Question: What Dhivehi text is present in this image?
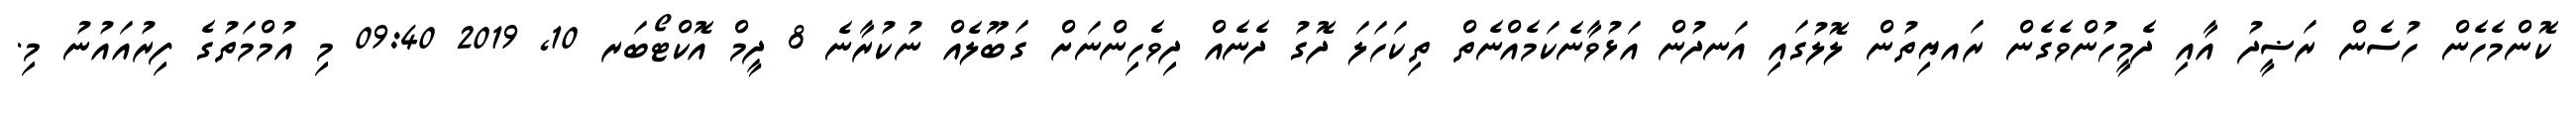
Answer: ކޮންމެހެން ހުސެން ރަޟީދު އާއި ދެމީހުންވެގެން ރައޔިތުން ލޮލުގައި އަނދުން އަޅުވާނެކަމެއްނެތް ތިކަހަލަ ދޮގު ދެނެއް ދިވެހިންނަށް ގަބޫލެއް ނުކުރާނެ 8 ދީމް އޮކްޓޯބަރ 10, 2019 09:40 މި އުމްމަތުގެ ފިރުއައުނު މި.